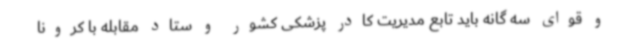
و قوای سه گانه باید تابع مدیریت کادر پزشکی کشور و ستاد مقابله با کرونا